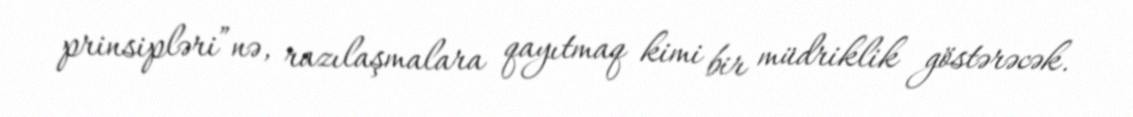
prinsipləri”nə, razılaşmalara qayıtmaq kimi bir müdriklik göstərəcək.